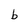
Character: b